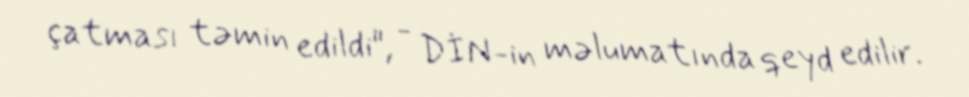
çatması təmin edildi", - DİN-in məlumatında qeyd edilir.